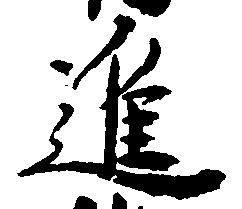
進